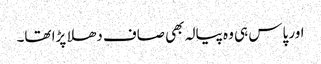
اور پاس ہی وہ پیالہ بھی صاف دھلا پڑا تھا۔